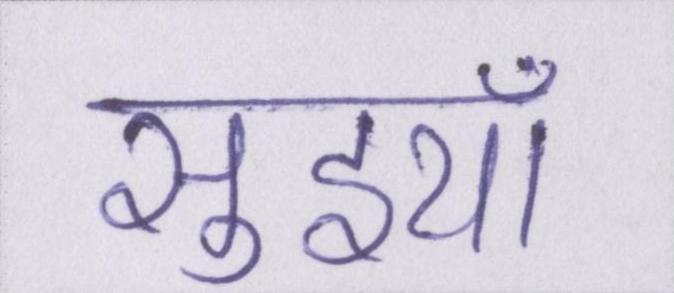
सुइयाँ